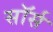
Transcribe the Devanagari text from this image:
सॉर्स